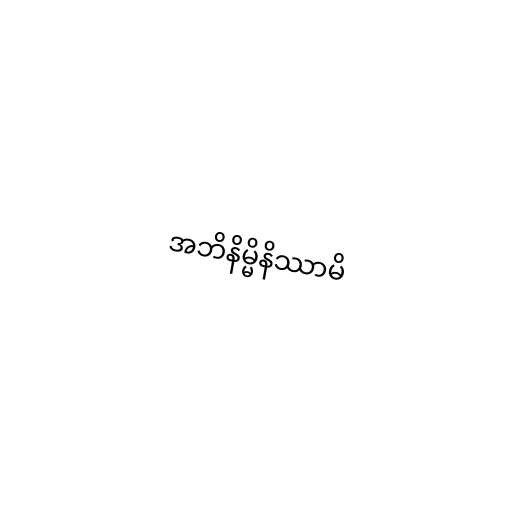
အဘိနိမ္မိနိဿာမိ